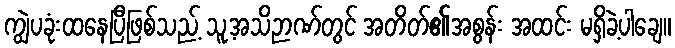
ကျွဲပခုံးထနေပြီဖြစ်သည့် သူ့အသိဉာဏ်တွင် အတိတ်၏အစွန်း အထင်း မရှိခဲ့ပါချေ။